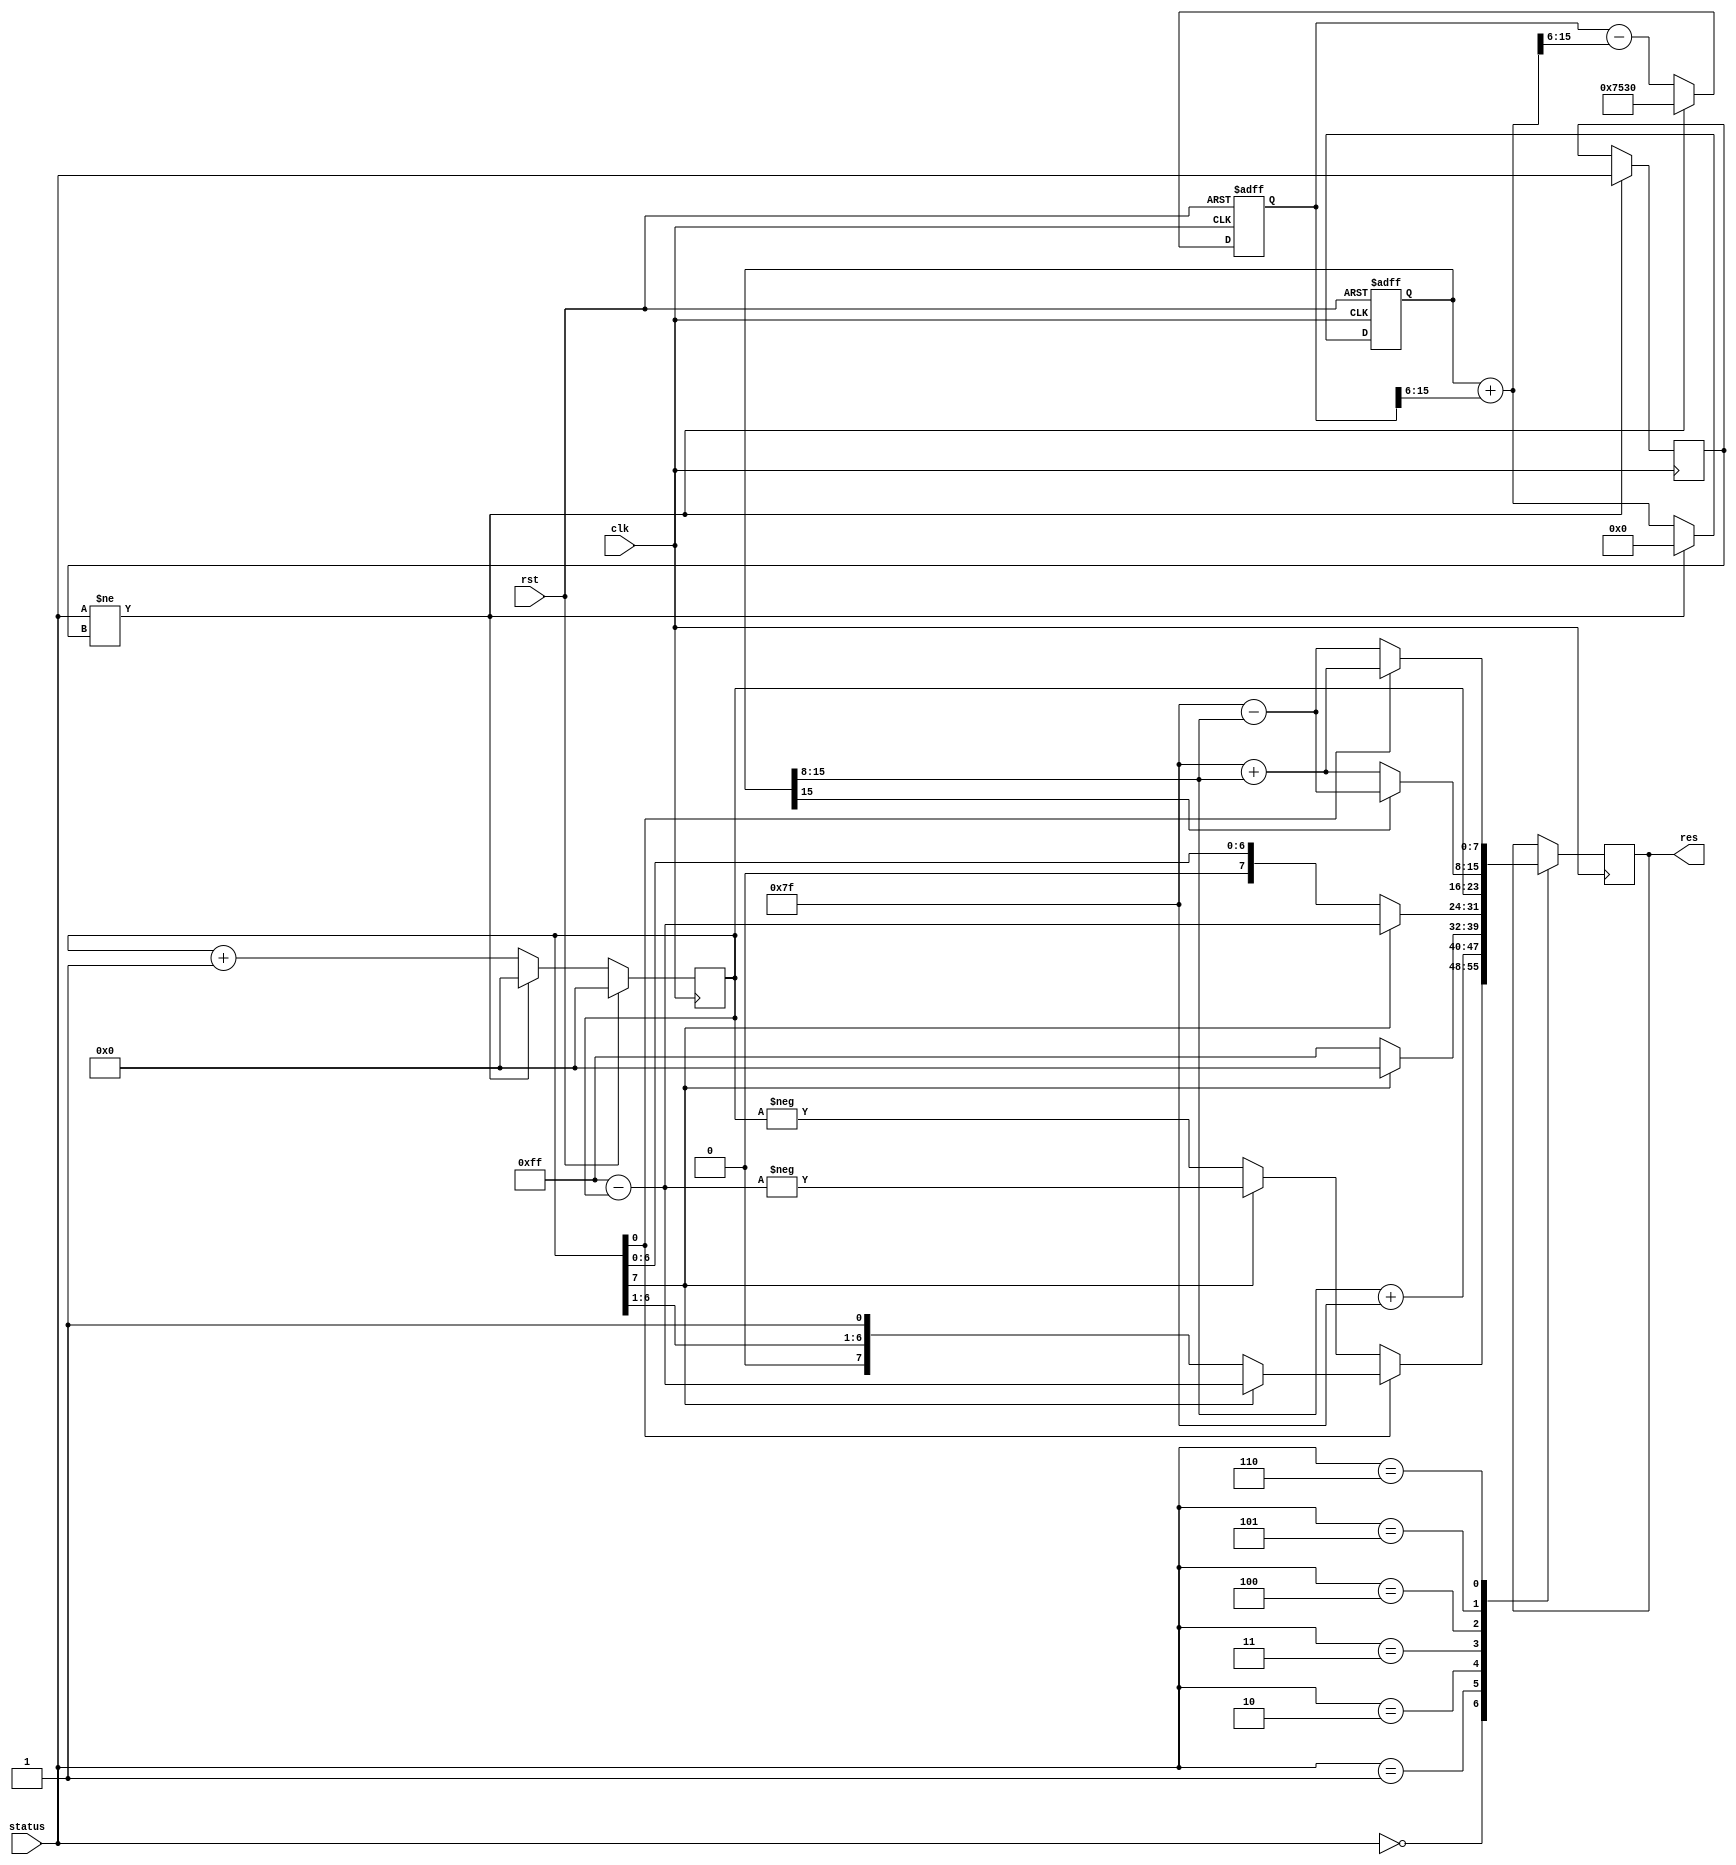
`timescale 1ns/1ns

module functionGenerator(input clk, rst, input [2:0] status, output reg[7:0] res);

reg signed [15:0] sin=16'b0000000000000000,cos=16'd30000;
reg signed [15:0] last_sin, last_cos;
reg [7:0] counter;
reg [2:0] last_status = 3'b0;

always @(posedge clk, posedge rst) begin
    if(rst == 1)begin
        sin =16'b0000000000000000;
        cos =16'd30000;
    end else if (status != last_status ) begin
        sin =16'b0000000000000000;
        cos =16'd30000;
    end else begin
        last_sin = sin;
        last_cos = cos;
        sin = last_sin + (last_cos>>>6);
        cos = last_cos - (sin>>>6);
    end
end

always @(posedge clk) begin
    if(rst == 1)begin
        counter = 8'b00000000;
    end else begin
        if(status != last_status)
            counter = 8'b00000000;
        else
            counter = counter + 1;
    end
end

always @(posedge clk) begin
    if (status != last_status ) begin
        last_status = status;
    end

    case (status)
        3'b000: begin
                    if(counter[0]) begin
            	          if(counter[7] == 0)
                           res = counter;
                        else
                            res = 255 - counter; 
                    end
                    else begin
                        if(counter[7] == 0)
                            res = -counter;
                        else
                            res = -(255 - counter);
                    end
                end
        3'b001: begin
                  res = sin[15:8] + 127;
                end
        3'b010: 
                if (counter[7] == 0)
                    res = 255;
                else
                    res = 0;
        3'b011: 
                if (counter[7] == 0)
                    res = counter;
                else
                    res = 255 - counter;
                
        3'b100: 
                res = counter;
        3'b101: begin
                    if(sin[15]==0)
                        res = 127 + sin[15:8];
                    else
                        res = 127 - sin[15:8];
                end
        3'b110: begin
                    if(counter[0]) begin
                        res = 127 + sin[15:8];
                    end else
                        res = 127 - sin[15:8];
                end
    endcase
end
endmodule